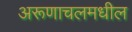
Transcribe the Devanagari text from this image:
अरूणाचलमधील